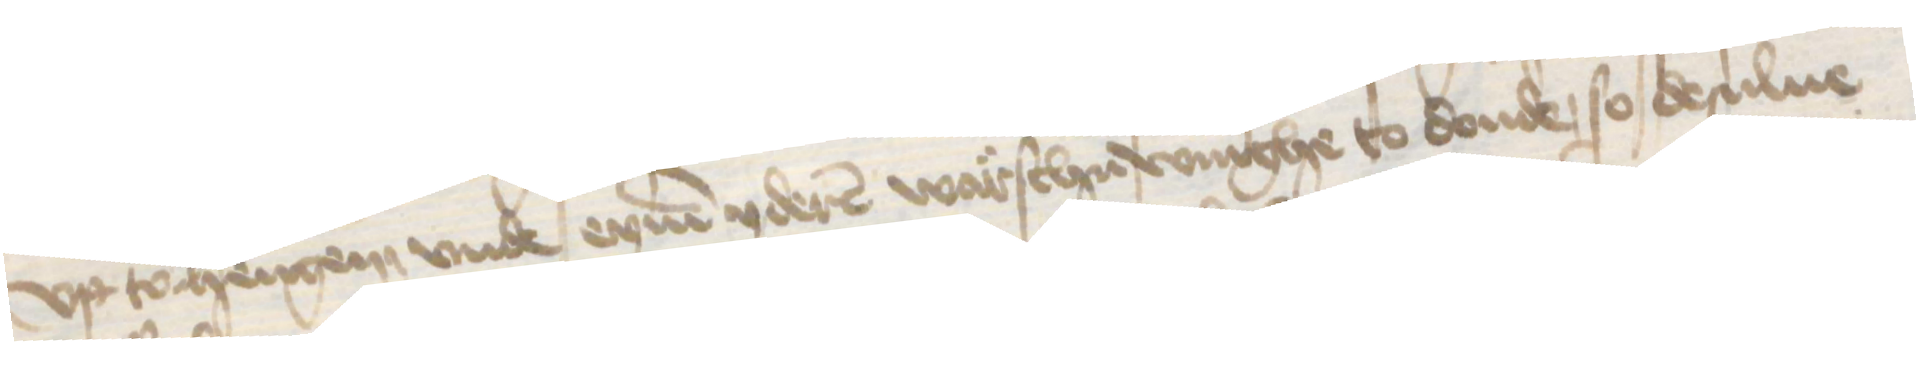
vp tohengen vnde eynen yderen warschuwinghe to donde, so desulue